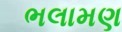
ભલામણ